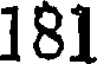
181